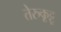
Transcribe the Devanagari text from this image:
तेरुकूट्टू